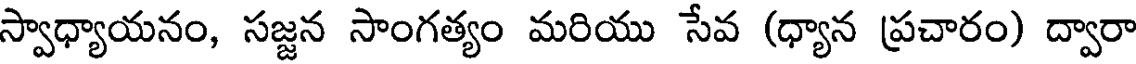
స్వాధ్యాయనం, సజ్జన సాంగత్యం మరియు సేవ (ధ్యాన ప్రచారం) ద్వారా